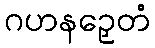
ဂဟနဉှေတံ